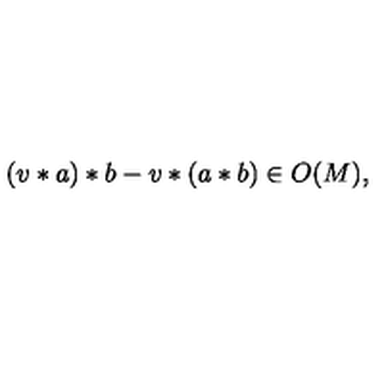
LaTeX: ( v * a ) * b - v * ( a * b ) \in O ( M ) ,